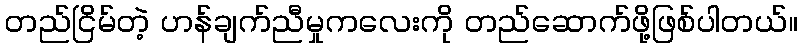
တည်ငြိမ်တဲ့ ဟန်ချက်ညီမှုကလေးကို တည်ဆောက်ဖို့ဖြစ်ပါတယ်။